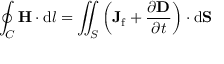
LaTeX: \oint _ { C } \mathbf { H } \cdot \mathrm { d } { \boldsymbol { l } } = \iint _ { S } \left( \mathbf { J } _ { \mathrm { f } } + { \frac { \partial \mathbf { D } } { \partial t } } \right) \cdot \mathrm { d } \mathbf { S }